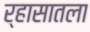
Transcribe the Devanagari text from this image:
र्‍हासातला